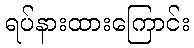
ရပ်နားထားကြောင်း